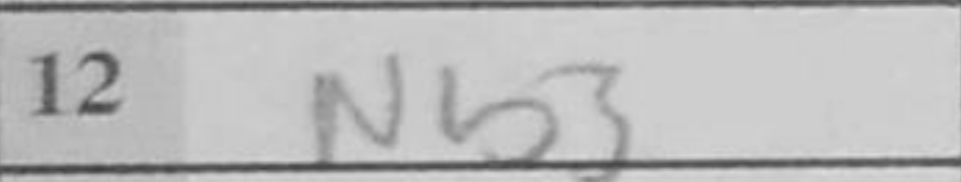
Transcription: Nb3